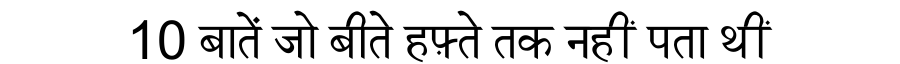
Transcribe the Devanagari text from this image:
10 बातें जो बीते हफ़्ते तक नहीं पता थीं